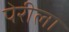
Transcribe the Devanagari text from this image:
पेरीला